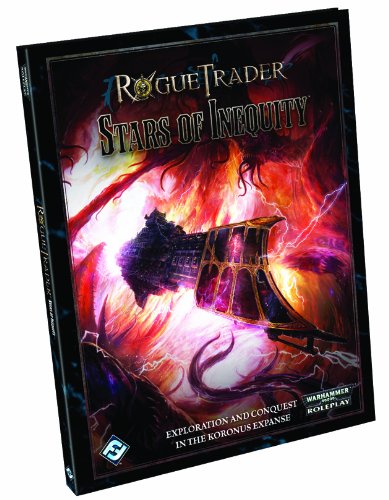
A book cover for Rogue Trader: Stars of Inequity (Warhammer 40,000); Owen Barnes; Science Fiction & Fantasy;